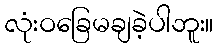
လုံးဝခြေမချခဲ့ပါဘူး။